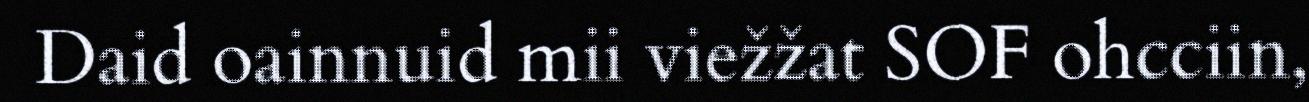
Daid oainnuid mii viežžat SOF ohcciin,